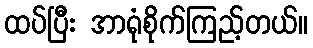
ထပ်ပြီး အာရုံစိုက်ကြည့်တယ်။